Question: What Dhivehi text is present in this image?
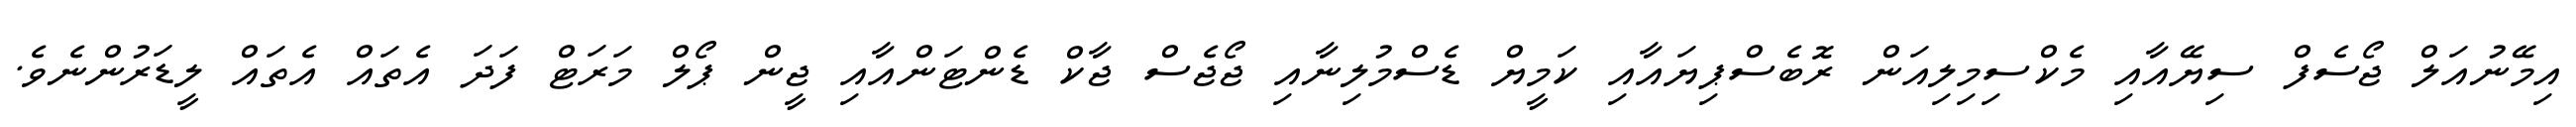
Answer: އިމޭނުއަލް ޖޯސެފް ސިޔޭއާއި މެކްސިމިލިއަން ރޮބެސްޕިޔައާއި ކަމީޔް ޑެސްމުލިނާއި ޖޯޖެސް ޖާކް ޑެންޓަންއާއި ޖީން ޕޯލް މަރަޓް ފަދަ އެތައް އެތައް ލީޑަރުންނެވެ.